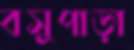
বসুপাড়া